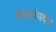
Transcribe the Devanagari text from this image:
बंकरांपर्यंत